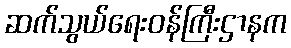
ဆက်သွယ်ရေးဝန်ကြီးဌာနက